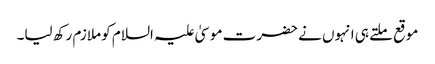
موقع ملتے ہی انہوں نے حضرت موسیٰ علیہ السلام کو ملازم رکھ لیا۔